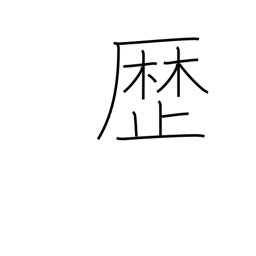
Meaning: passage of time